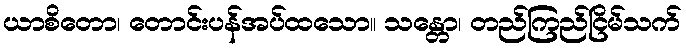
ယာစိတော၊ တောင်းပန်အပ်ထသော။ သန္တော၊ တည်ကြည်ငြိမ်သက်